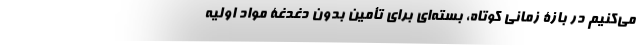
می‌کنیم در بازۀ زمانی کوتاه، بسته‌ای برای تأمین بدون دغدغۀ مواد اولیه